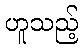
ဟူသည့်